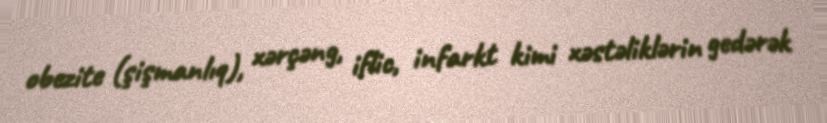
obezite (şişmanlıq), xərçəng, iflic, infarkt kimi xəstəliklərin gedərək